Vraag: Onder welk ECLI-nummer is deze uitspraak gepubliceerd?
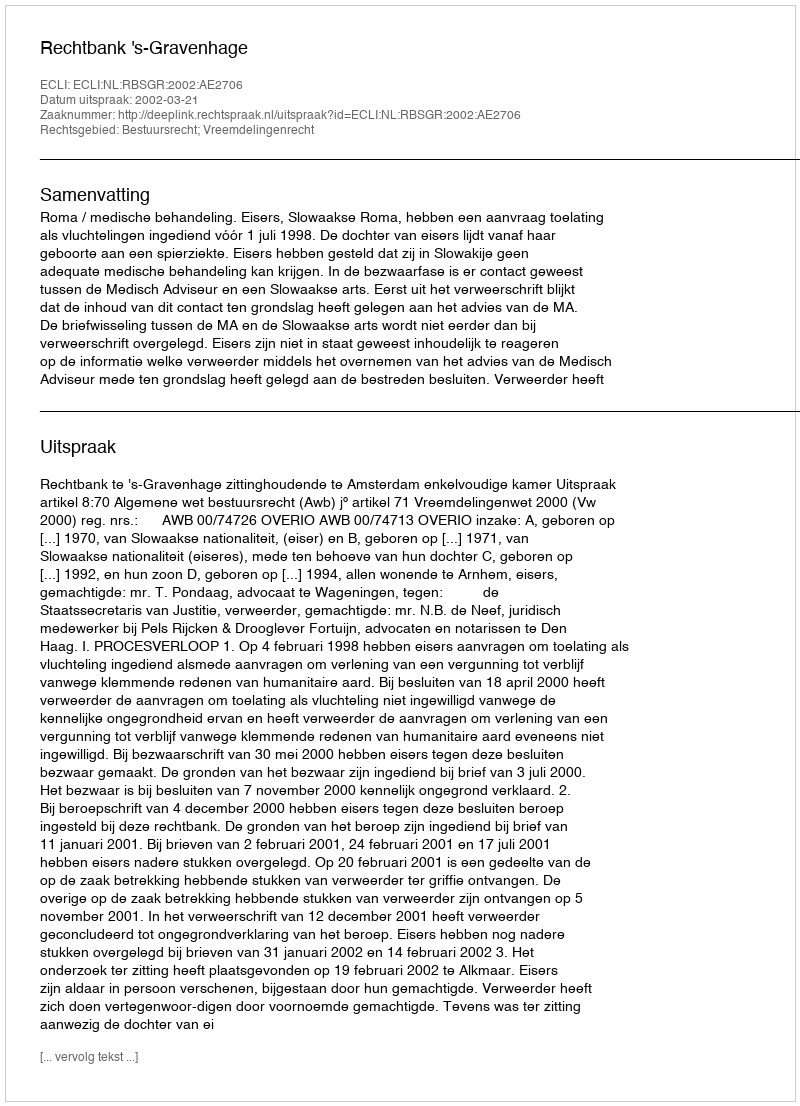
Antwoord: ECLI:NL:RBSGR:2002:AE2706